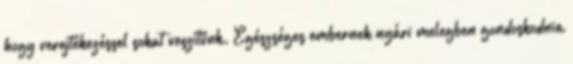
hogy verejtékezéssel sokat veszítünk. Egészséges embernek nyári melegben gondoskodnia